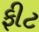
ફીટ